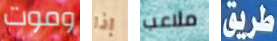
وموت إذا ملاعب طريق